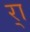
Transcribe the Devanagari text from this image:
र्‍ाॣ